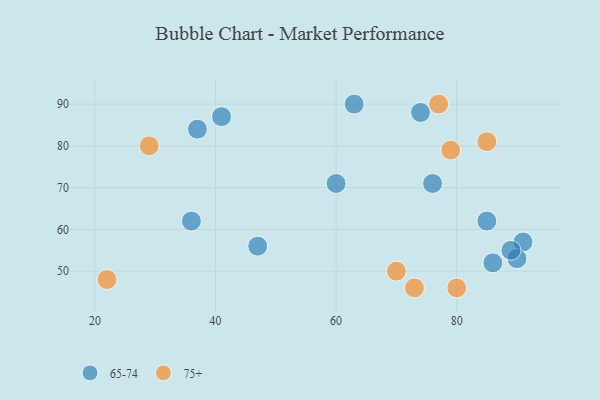
{"axis": {"x": "GDP", "y": "Life Expectancy"}, "legend": ["65-74", "75+"], "data": [{"x": "47", "y": 56, "type": "65-74"}, {"x": "63", "y": 90, "type": "65-74"}, {"x": "41", "y": 87, "type": "65-74"}, {"x": "37", "y": 84, "type": "65-74"}, {"x": "91", "y": 57, "type": "65-74"}, {"x": "86", "y": 52, "type": "65-74"}, {"x": "90", "y": 53, "type": "65-74"}, {"x": "85", "y": 62, "type": "65-74"}, {"x": "60", "y": 71, "type": "65-74"}, {"x": "74", "y": 88, "type": "65-74"}, {"x": "36", "y": 62, "type": "65-74"}, {"x": "76", "y": 71, "type": "65-74"}, {"x": "89", "y": 55, "type": "65-74"}, {"x": "85", "y": 81, "type": "75+"}, {"x": "29", "y": 80, "type": "75+"}, {"x": "77", "y": 90, "type": "75+"}, {"x": "73", "y": 46, "type": "75+"}, {"x": "70", "y": 50, "type": "75+"}, {"x": "22", "y": 48, "type": "75+"}, {"x": "80", "y": 46, "type": "75+"}, {"x": "79", "y": 79, "type": "75+"}]}